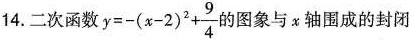
14.二次函数 $$y = - ( x - 2 ) ^ { 2 } + \frac { 9 } { 4 }$$图象与x轴围成的封闭